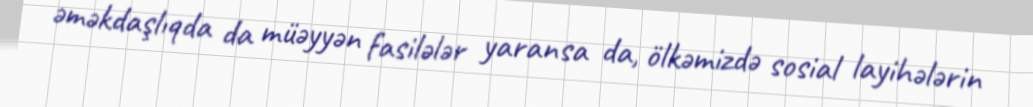
əməkdaşlıqda da müəyyən fasilələr yaransa da, ölkəmizdə sosial layihələrin